Lunatic asylums Central Provinces reports 1874-1885 - 1874-1885
Year: 1874
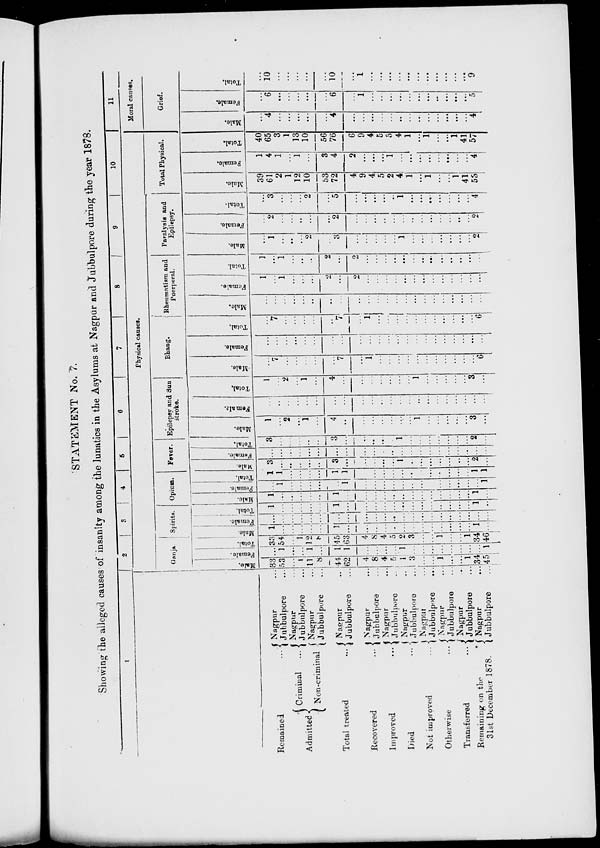
STATEMENT No. 7.
Showing the alleged causes of insanity among the lunatics in the Asylums at Nagpur and Jubbulpore during the year 1878.
1
Remained ...
Admitted
Criminal ...
Non-criminal
Total treated ...
Recovered
...
Improved ...
Died
...
Not improved
Otherwise
...
Transferred
...
Remaining on
the
31st December 1878.
Nagpur ...
Jubbulpore ...
Nagpur ...
Jubbulpore ...
Nagpur ...
Jubbulpore ...
Nagpur ...
Jubbulpore ...
Nagpur ...
Jubbulpore ...
Nagpur ...
Jubbulpore ...
Nagpur
...
Jubbulpore ...
Nagpur
...
Jubbulpore ...
Nagpur...
Jubbulpore ...
Nagpur ...
Jubbulpore ...
Nagpur ...
Jubbulpore ...
2
3
4
5
6
7
8
9
10
Physical causes.
Ganja
Male.
33
53
...
1
11
8
44
62
4
8
4
5
1
3
...
...
1
...
...
1
34
45
Female.
...
1
...
...
1
...
1
1
...
...
...
...
1
...
...
...
...
...
...
...
...
1
Total.
33
54
...
1
12
8
45
63
4
8
4
5
2
3
...
...
1
...
...
1
34
46
Spirits.
Male.
1
...
...
...
...
...
1
...
...
...
...
...
...
...
...
...
...
...
...
...
1
...
Female.
...
...
...
...
...
...
...
...
...
...
...
...
...
...
...
...
...
...
...
...
...
...
Total.
1
...
...
...
...
...
1
...
...
...
...
...
...
...
...
...
...
...
...
...
1
...
Opium.
Male.
1
...
...
...
...
...
1
...
...
...
...
...
...
...
...
...
...
...
...
...
1
...
Female.
...
1
...
...
...
...
...
1
...
...
...
...
...
...
...
...
...
...
...
...
...
1
Total.
1
1
...
...
...
...
1
1
...
...
...
...
...
...
...
...
...
...
...
...
1
1
Fever.
Male.
3
...
...
...
...
...
3
...
... ...
...
...
1
...
...
...
...
...
...
...
2
...
Female.
...
...
...
...
...
...
...
...
...
...
...
...
...
...
...
...
...
...
...
...
...
...
Total.
3
...
...
...
...
...
3
...
...
...
...
...
1
...
...
...
...
...
...
...
2
...
Epilepsy and Sun
stroke.
Male.
1
...
2
...
1
...
4
...
...
...
...
...
...
...
1
...
..
...
...
...
3
...
Female.
...
..
...
...
...
...
..
...
...
...
...
...
...
...
...
...
....
...
...
...
...
...
Total.
1
...
2
...
1
...
4
...
...
...
...
...
...
...
1
...
...
...
...
...
3
...
Bhang.
Male.
...
7
...
...
...
...
...
7
...
1
...
...
...
...
....
...
...
...
...
...
...
6
Female.
...
...
...
...
...
...
...
...
...
...
...
...
...
...
...
...
...
...
...
...
...
...
Total.
...
7
...
...
...
...
...
7
...
1
... ...
...
....
...
...
..
...
...
...
...
6
Rheumatism and
Puerperal.
Male.
...
...
...
...
...
...
...
...
...
...
...
...
...
...
...
...
...
...
...
...
...
...
Female.
1
...
1
...
...
...
2
...
2
...
...
...
...
...
...
...
...
...
...
...
...
...
Total.
1
...
1
...
...
...
2
...
2
...
...
...
...
...
...
...
...
...
...
...
...
...
Paralysis and
Epilepsy.
Male.
...
1
...
...
...
2
...
3
...
...
...
...
...
1
...
...
...
...
...
...
...
...
Female.
...
2
...
...
...
...
...
2
...
...
...
...
...
...
...
...
...
...
...
...
...
2
Total.
...
3
...
...
...
2
...
5
...
...
...
...
..
1
...
...
...
...
...
...
...
4
Total Physical.
Male.
39
61
2
1
12
10
53
72
4
9
4
5
2
4
1
...
1
...
...
1
41
53
Female.
1
4
1
...
1
...
3
4
2
...
...
...
1
...
...
...
...
...
...
...
...
4
Total.
40
65
3
1
13
10
56
76
6
9
4
5
3
4
1
...
1
...
...
1
41
57
11
Moral causes.
Grief.
Male.
...
4
...
...
...
...
...
4
...
...
...
...
...
...
...
...
...
...
...
...
...
4
Female.
...
6
...
...
...
...
...
6
...
1
...
..
...
...
...
...
...
...
...
...
...
5
Total.
...
10
...
...
...
...
...
10
...
1
...
...
...
...
...
...
...
...
...
...
...
9